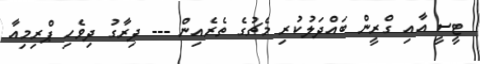
ޓީސީ އާއި ގްރީން ބައްދަލުކުރި މެޗުގެ ތެރެއިން --- ދިރާގު ދިވެހި ޕްރިމިއާ